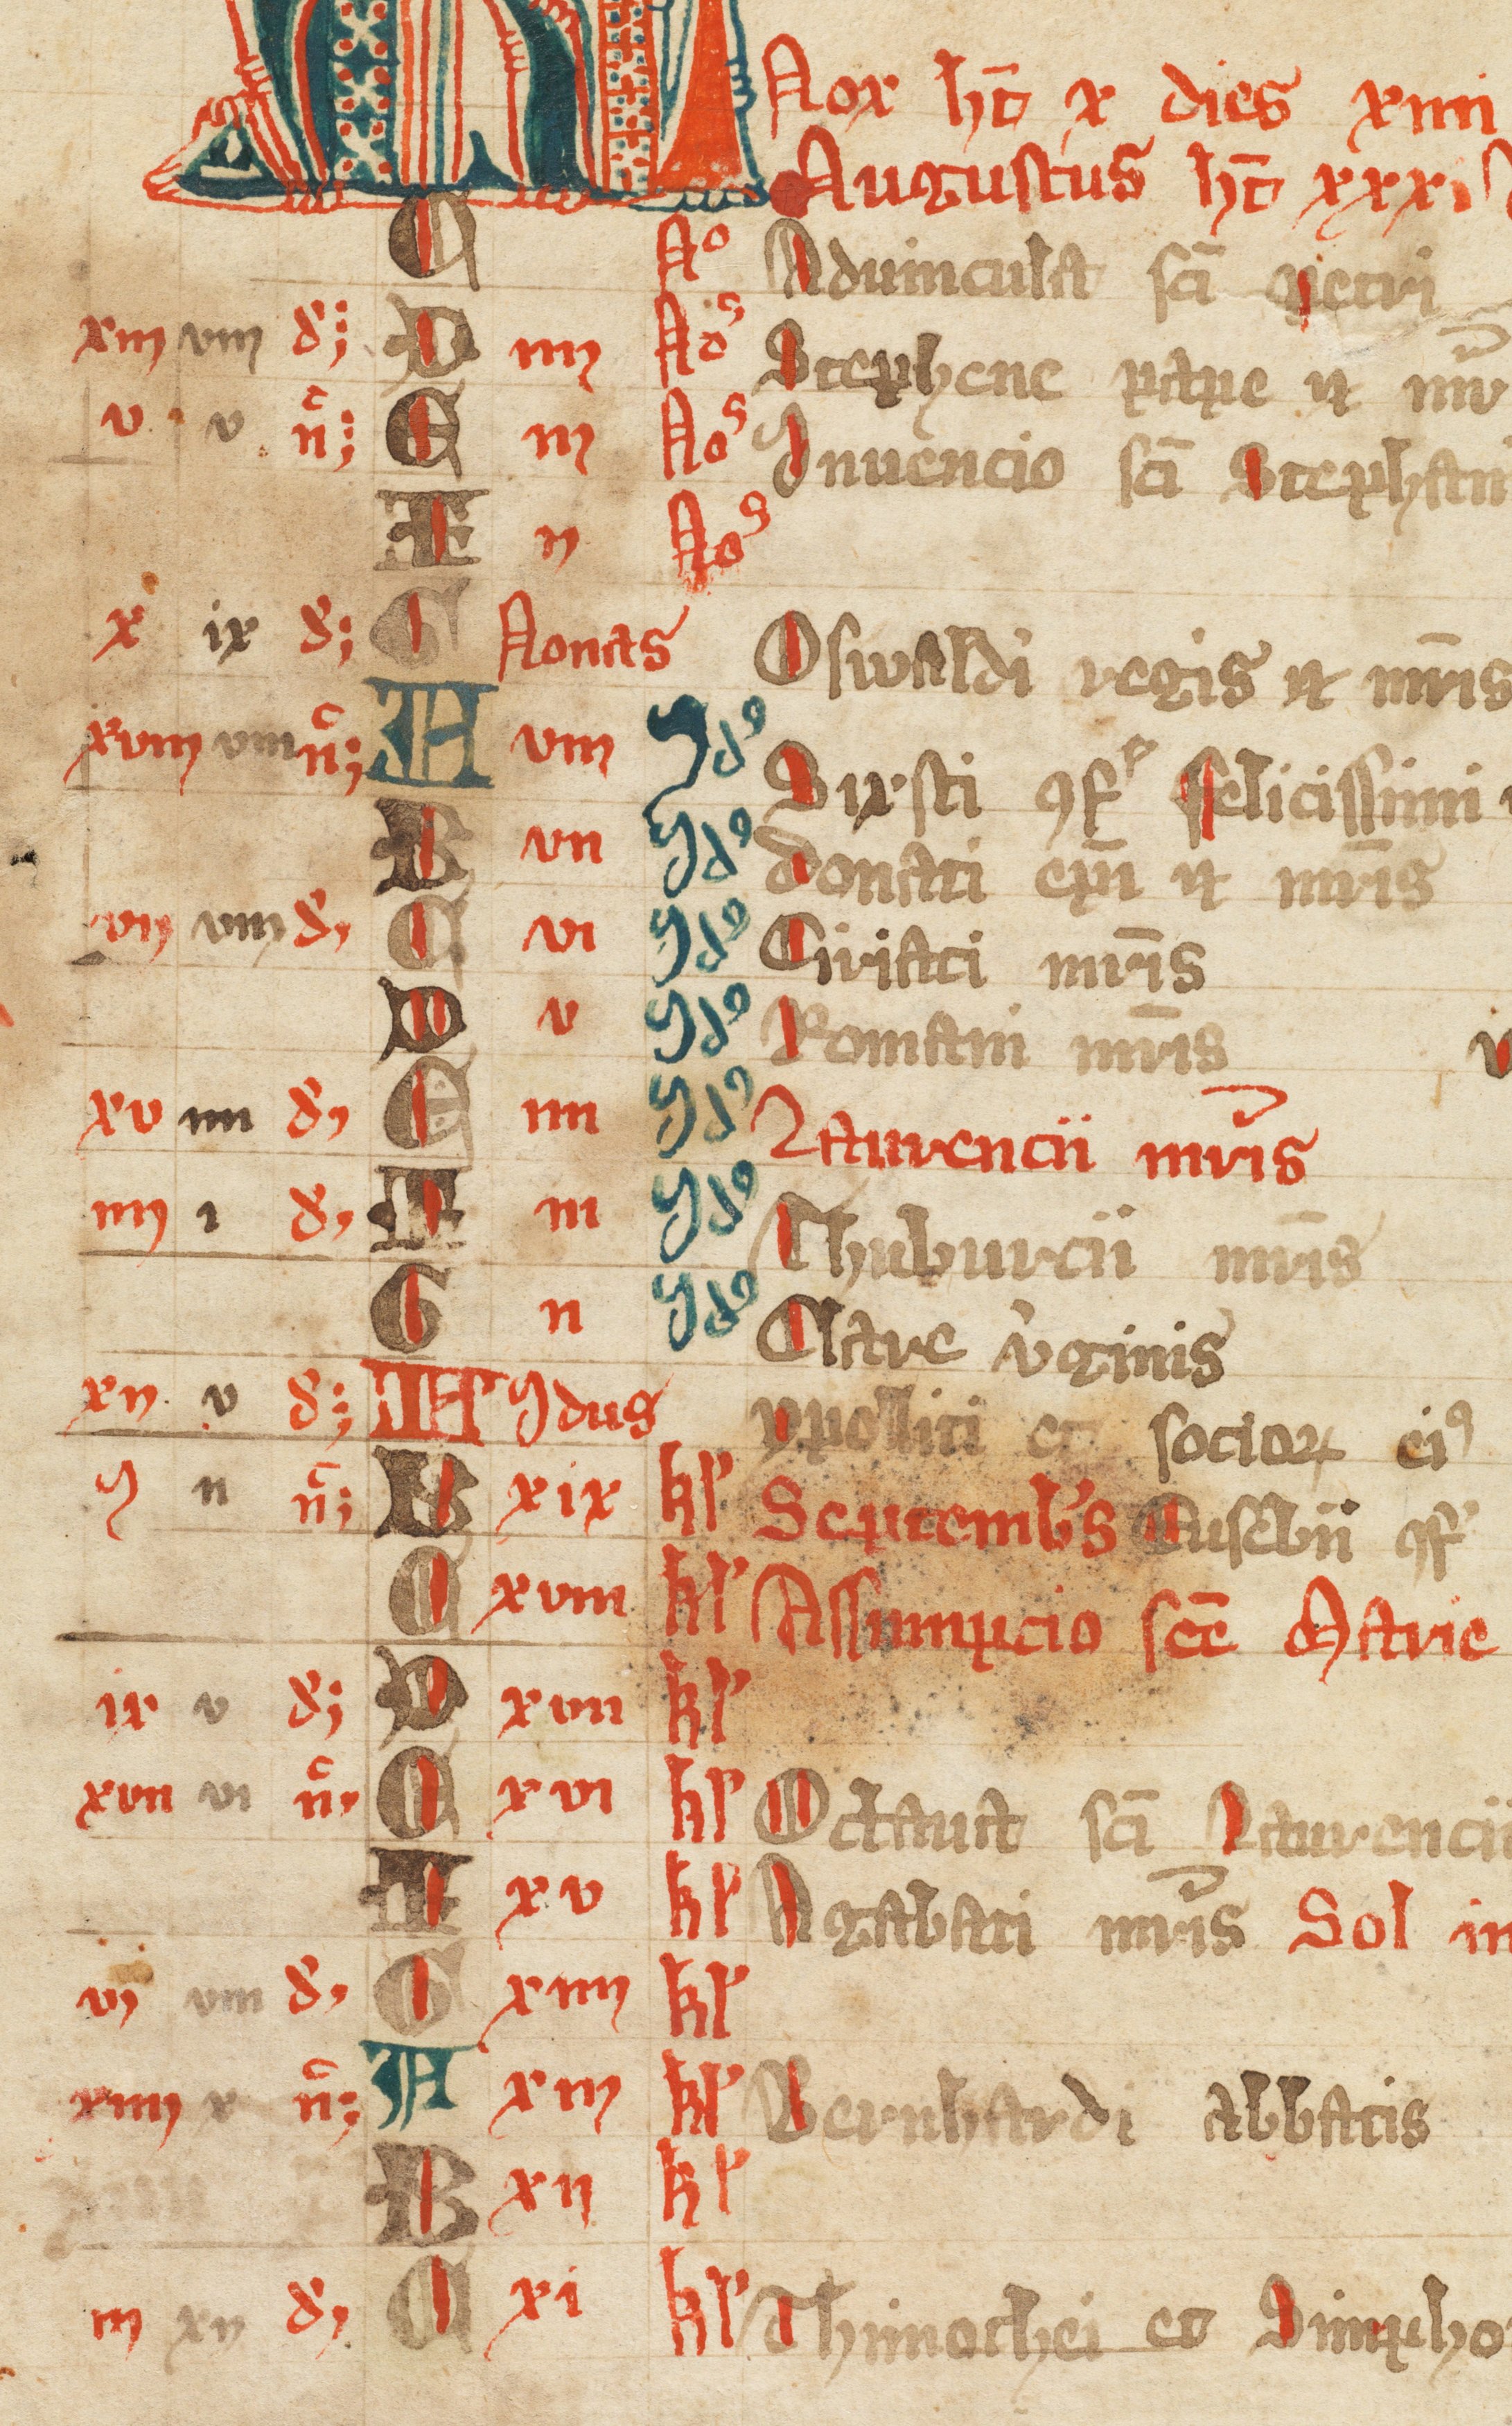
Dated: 1385–1415